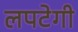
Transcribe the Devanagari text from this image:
लपटेगी